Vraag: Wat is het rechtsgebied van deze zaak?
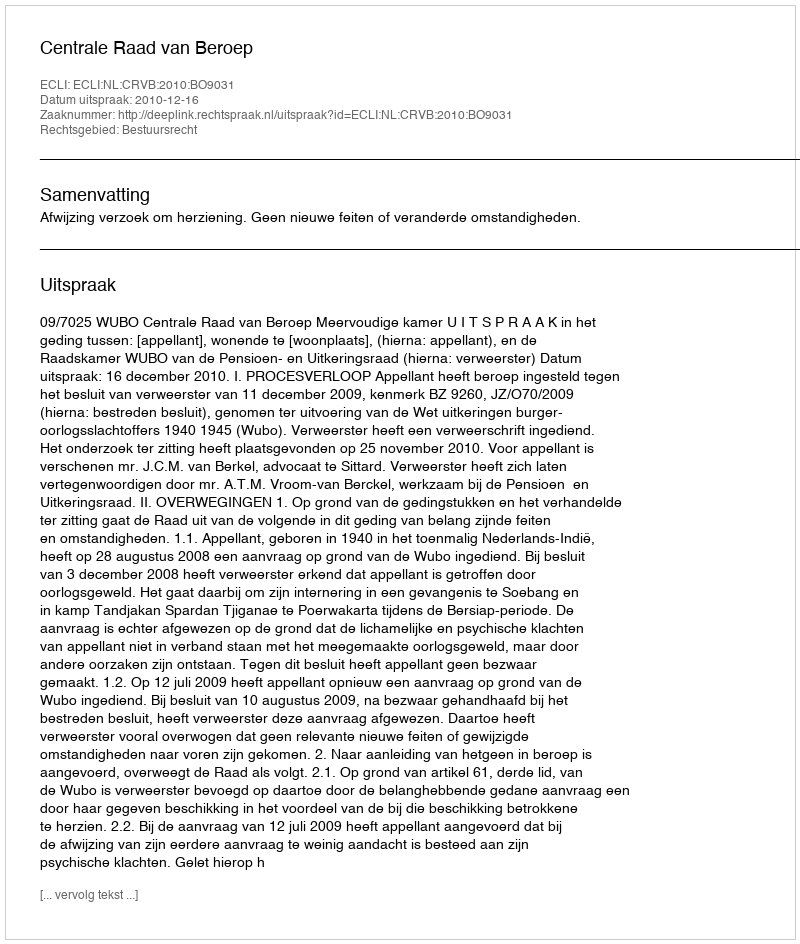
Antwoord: Bestuursrecht